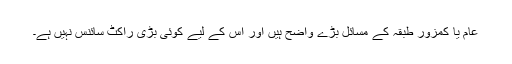
عام یا کمزور طبقہ کے مسائل بڑے واضح ہیں اور اس کے لیے کوئی بڑی راکٹ سائنس نہیں ہے۔